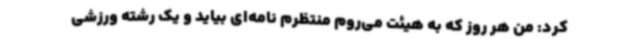
کرد: من هر روز که به هیئت می‌روم منتظرم نامه‌ای بیاید و یک رشته ورزشی